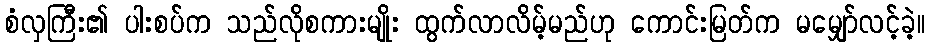
စံလှကြီး၏ ပါးစပ်က သည်လိုစကားမျိုး ထွက်လာလိမ့်မည်ဟု ကောင်းမြတ်က မမျှော်လင့်ခဲ့။